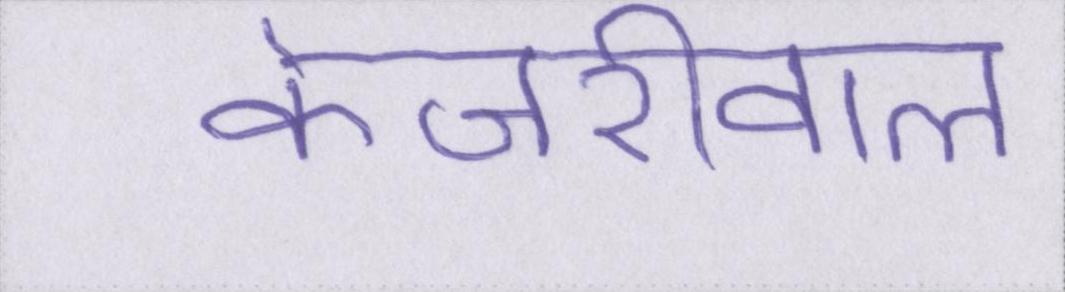
केजरीवाल